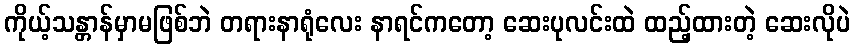
ကိုယ့်သန္တာန်မှာမဖြစ်ဘဲ တရားနာရုံလေး နာရင်ကတော့ ဆေးပုလင်းထဲ ထည့်ထားတဲ့ ဆေးလိုပဲ